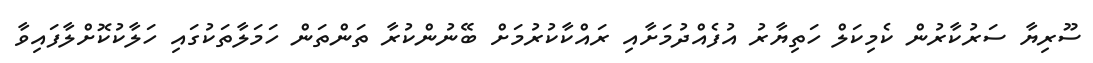
ސޫރިޔާ ސަރުކާރުން ކެމިކަލް ހަތިޔާރު އުފެއްދުމަށާއި ރައްކާކުރުމަށް ބޭނުންކުރާ ތަންތަން ހަމަލާތަކުގައި ހަލާކުކޮށްލާފައިވާ